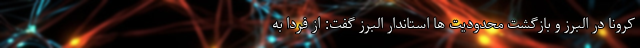
کرونا در البرز و بازگشت محدودیت ها استاندار البرز گفت: از فردا به